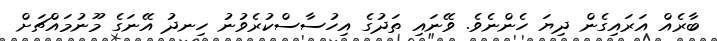
ބާރެއް އަރައިގެން ދިޔަ ހެންނެވެ. ވޭނައި ތަދުގެ އިހުސާސްކުރެވުނު ހިނދު އޭނަގެ މޫނުމައްޗަށް